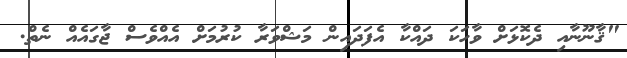
"ޤާނޫނާއި ދެކޮޅަށް ވާހަކަ ދައްކާ އެފަދައިން މަޝްވަރާ ކުރުމަށް އެއްވެސް ޖާގައެއް ނެތް.